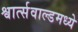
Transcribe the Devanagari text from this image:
श्वार्त्सवाल्डमध्ये